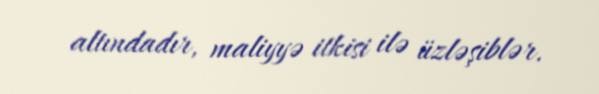
altındadır, maliyyə itkisi ilə üzləşiblər.